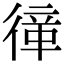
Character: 𢕎